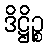
ဒိဋ္ဌိဉ္စ